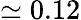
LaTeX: \simeq 0.12